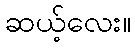
ဆယ့်လေး။